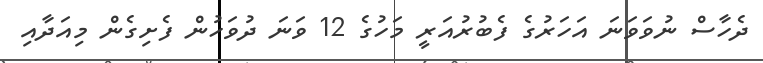
ދެހާސް ނުވަވަނަ އަހަރުގެ ފެބުރުއަރީ މަހުގެ 12 ވަނަ ދުވަހުން ފެށިގެން މިއަދާއި